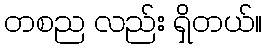
တစည လည်း ရှိတယ်။